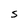
Character: S